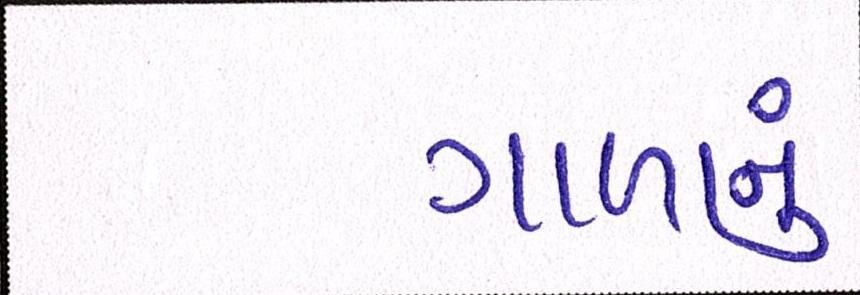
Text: ગાળાનું